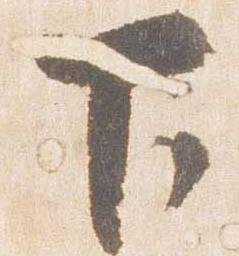
下